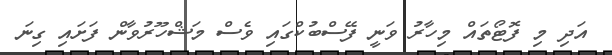
އަދި މި ފޮޓޯތައް މިހާރު ވަނީ ފޭސްބުކްގައި ވެސް މަޝްހޫރުވާން ފަށައި ގިނަ